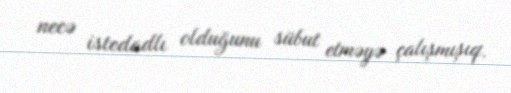
necə istedadlı olduğunu sübut etməyə çalışmışıq.